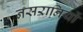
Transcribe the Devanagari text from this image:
नसरानियों